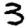
Digit: 3